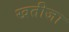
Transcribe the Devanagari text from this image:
खतीजा